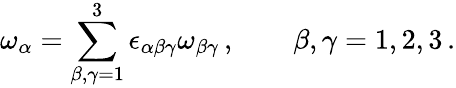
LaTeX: \omega_{\alpha}=\sum_{\beta,\gamma=1}^{3}\epsilon_{\alpha\beta\gamma}\omega_{\beta\gamma}\, ,\qquad\beta,\gamma=1,2,3\, .